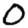
Digit: 0